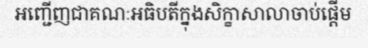
អញ្ជើញជាគណៈអធិបតីក្នុងសិក្ខាសាលាចាប់ផ្តើម